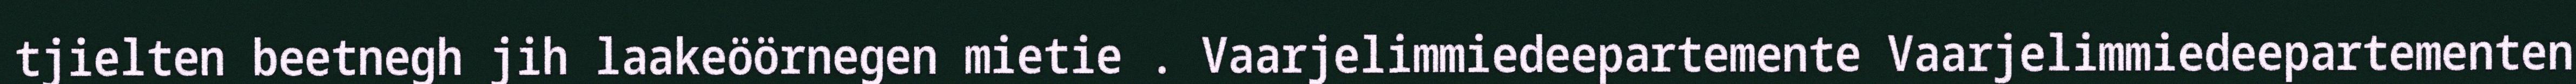
tjielten beetnegh jih laakeöörnegen mietie . Vaarjelimmiedeepartemente Vaarjelimmiedeepartementen